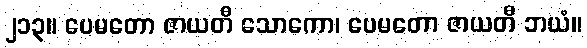
၂၁၃။ ပေမတော ဇာယတီ သောကော၊ ပေမတော ဇာယတီ ဘယံ။